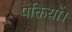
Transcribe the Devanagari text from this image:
पंक्तियों।